system: You are a helpful assistant.
user:
Analyze the provided spectrum to determine if it is a **"Cataclysmic Variables (CV)"**.

- **Key Indicators for CV (Check for either state):**
    - **State 1: Quiescent / Low-State (Emission-Dominated)**
        - **(Primary):** Strong and *very broad* Hydrogen Balmer emission lines (e.g., $H\alpha$ at 6563 Å, $H\beta$ at 4861 Å). The 'broadness' (high velocity dispersion, often FWHM > 1000 km/s) is the key diagnostic, indicating a high-velocity accretion disk.
        - **(Secondary):** Broad neutral Helium (He I) emission lines (e.g., 5876 Å, 6678 Å).
        - **(Key Confirmation):** Presence of high-excitation *ionized* Helium (He II) emission at 4686 Å. This is a strong indicator of accretion onto a white dwarf.
        - **(Line Profile):** Emission lines may exhibit a 'double-peaked' profile, which is a classic signature of a rotating accretion disk viewed at high inclination.

    - **State 2: Outburst / High-State (Absorption-Dominated)**
        - **(Primary):** Spectrum is dominated by a bright, blue continuum (looks like a hot star).
        - **(Secondary):** The emission lines from State 1 are weak, absent, or 'filled in', and are replaced by broad, shallow *absorption* lines (primarily Balmer and He I).
        - **(Morphology):** The overall spectrum mimics a hot B/A-type star. The crucial difference is that the absorption lines are significantly broader, shallower, and more 'washed-out' (or 'smeared') than the sharp lines of a normal stellar photosphere, due to high rotational speeds and pressure broadening in the disk.

Think first, call **spectral_visualization_tool** if needed to examine features in detail, then provide your final answer. Your response must adhere to the following strict rules:
1.  **Overall Structure:** Your response must follow the format `<think>...</think> <tool_call>...</tool_call> (if a tool is used) <answer>...</answer>`.
2.  **Tool Usage Constraint:** You may only make **one** tool call per turn.
3.  **Final Answer Format:** In the `<answer>` tag, your conclusion must be inside a `\boxed{}` command (e.g., `\boxed{YES}`), followed by your justification.

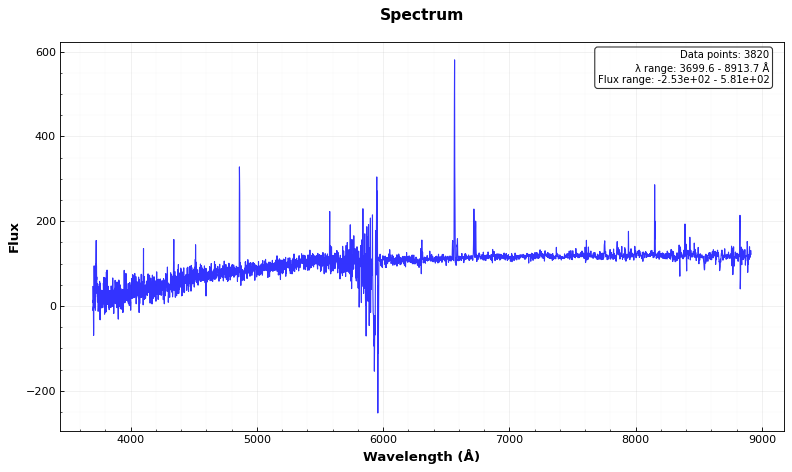
Answer: NO